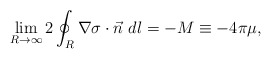
\begin{align*}\lim_{R\to\infty}2\oint_R \nabla\sigma\cdot \vec n ~ dl= - M \equiv-4\pi \mu ,\end{align*}